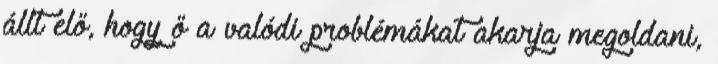
állt elő, hogy ő a valódi problémákat akarja megoldani,